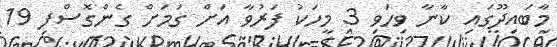
މާބައިދޫގައި ކާނާ ވިހަވި 3 މީހަކު ފަރުވާ އަށްް ގަމަށް ގެންގޮސްފި 19